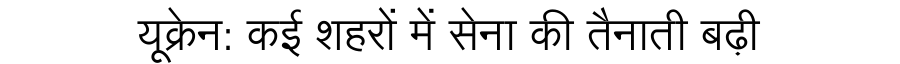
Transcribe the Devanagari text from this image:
यूक्रेन: कई शहरों में सेना की तैनाती बढ़ी